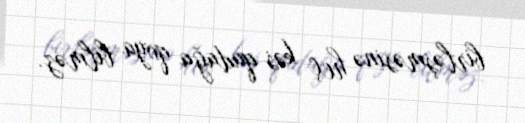
birləşməsinə heç kəs qadağa qoya bilməz.